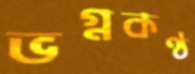
ভগ্নকণ্ঠ